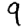
Digit: 9